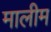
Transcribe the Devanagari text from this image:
मालीम